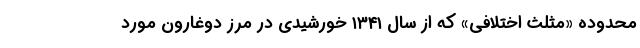
محدوده «مثلث اختلافی» که از سال ۱۳۴۱ خورشیدی در مرز دوغارون مورد